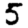
Digit: 5